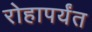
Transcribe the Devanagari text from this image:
रोहापर्यंत